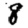
Digit: 8